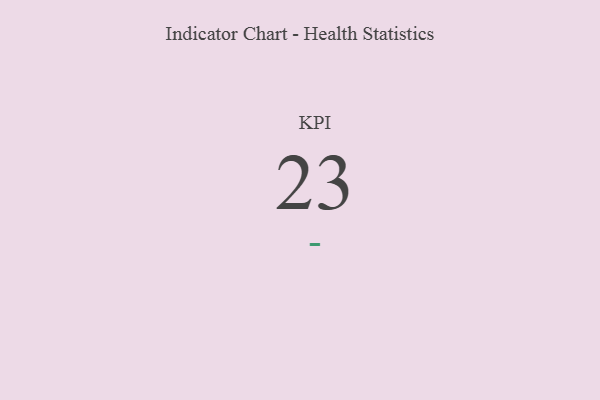
{"axis": {"x": "KPI", "y": "Value"}, "legend": [""], "data": [{"x": "KPI", "y": 23, "type": ""}]}